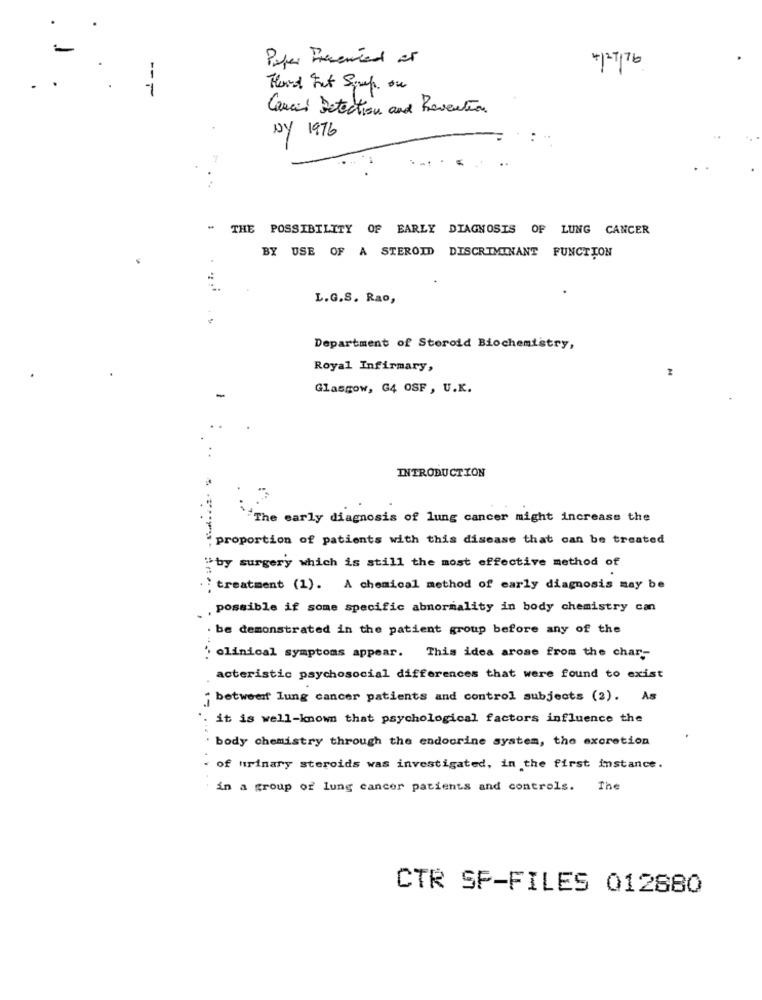
azbula
Paper Presented of
1
1
Concil Detection and Revention
NY 1976
" THE POSSIBILITY OF EARLY DIAGNOSIS OF LUNG CANCER
BY USE OF A STEROID DISCRIMINANT FUNCTION
L.G.S. Rao,
Department of Steroid Biochemistry,
Royal Infirmary,
Glasgow, G4 OSF, U.K.
INTRODUCTION
``The early diagnosis of lung cancer might increase the
proportion of patients with this disease that can be treated
"by surgery which is still the most effective method of
.; treatment (1). A chemical method of early diagnosis may be
.possible if some specific abnormality in body chemistry can
. be demonstrated in the patient group before any of the
' clinical symptoms appear. This idea arose from the char-
acteristic psychosocial differences that were found to exist
" between lung cancer patients and control subjects (2). As
it is well-known that psychological factors influence the
body chemistry through the endocrine system, the excretion
of urinary steroids was investigated, in the first instance.
in a group of lung cancer patients and controls. The
CTR SP-FILES 012880